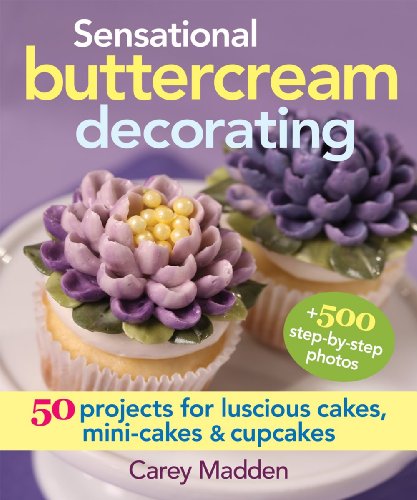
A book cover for Sensational Buttercream Decorating: 50 Projects for Luscious Cakes, Mini-Cakes and Cupcakes; Carey Madden; Cookbooks, Food & Wine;